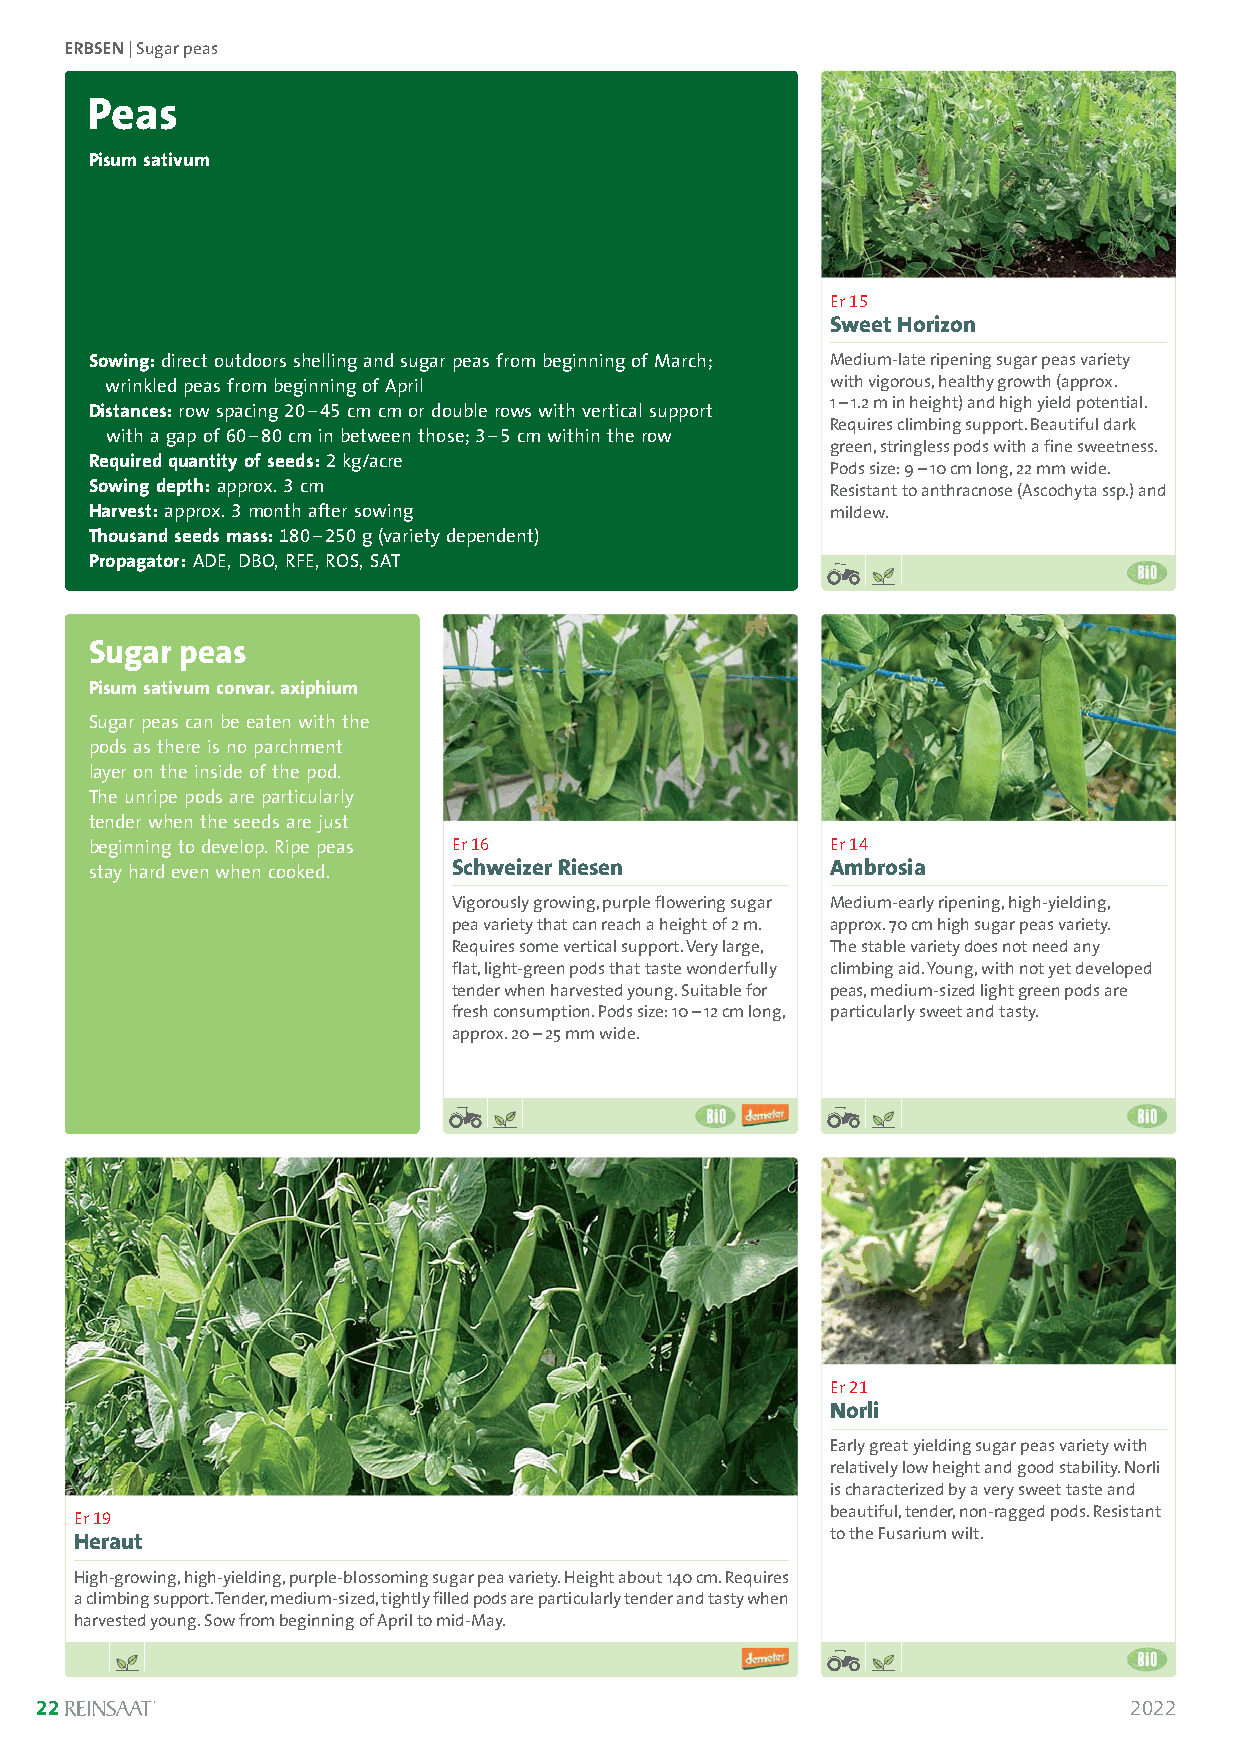
ERBSEN| Sugar peas
 Peas
 Pisum sativum
 Er 15
 Sweet Horizon
 Sowing:direct outdoors shelling and sugar peas from beginning of March; Medium-late ripening sugar peas variety
 wrinkled peas from beginning of April           with vigorous, healthy growth (approx.
 Distances:row spacing 20–45cm cm or double rows with vertical support 1 –1.2 m in height) and high yield potential.
 with a gap of 60–80cm in between those; 3–5 cm within the row Requires climbing support. Beautiful dark
 green, stringless pods with a fine sweetness.
 Required quantity of seeds:2 kg/acre
 Pods size: 9 –10 cm long, 22 mm wide.
 Sowing depth:approx. 3cm                         Resistant to anthracnose (Ascochyta ssp.) and
 Harvest:approx. 3month after sowing              mildew.
 Thousand seeds mass:180–250 g (variety dependent)
 Propagator:ADE, DBO, RFE, ROS, SAT
 Sugar peas
 Pisum sativum convar. axiphium
 Sugar peas can be eaten with the
 pods as there is no parchment
 Solanum lycopersicum
 layer on the inside of the pod.
 The unripe pods are particularly
 tender when the seeds are just
 beginning to develop. Ripe peas Er 16            Er 14
 Schweizer Riesen         Ambrosia
 stay hard even when cooked.
 Vigorously growing, purple flowering sugar Medium-early ripening, high-yielding,
 pea variety that can reach a height of 2 m. approx. 70 cm high sugar peas variety.
 Requires some vertical support. Very large, The stable variety does not need any
 flat, light-green pods that taste wonderfully climbing aid. Young, with not yet developed
 tender when harvested young. Suitable for peas, medium-sized light green pods are
 fresh consumption. Pods size: 10 –12 cm long, particularly sweet and tasty.
 approx. 20 –25 mm wide.
 Er 21
 Norli
 Early great yielding sugar peas variety with
 relatively low height and good stability. Norli
 is characterized by a very sweet taste and
 Er 19                                             beautiful, tender, non-ragged pods. Resistant
 Heraut                                            to the Fusarium wilt.
 High-growing, high-yielding, purple-blossoming sugar pea variety. Height about 140 cm. Requires
 a climbing support. Tender, medium-sized, tightly filled pods are particularly tender and tasty when
 harvested young. Sow from beginning of April to mid-May.
 22                                                                       2022